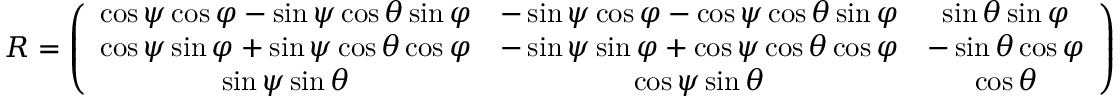
\begin{array} { r } { R = \left( \begin{array} { c c c } { \cos \psi \cos \varphi - \sin \psi \cos \theta \sin \varphi } & { - \sin \psi \cos \varphi - \cos \psi \cos \theta \sin \varphi } & { \sin \theta \sin \varphi } \\ { \cos \psi \sin \varphi + \sin \psi \cos \theta \cos \varphi } & { - \sin \psi \sin \varphi + \cos \psi \cos \theta \cos \varphi } & { - \sin \theta \cos \varphi } \\ { \sin \psi \sin \theta } & { \cos \psi \sin \theta } & { \cos \theta } \end{array} \right) } \end{array}